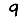
Digit: 9